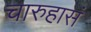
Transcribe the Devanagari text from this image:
चारुहासं